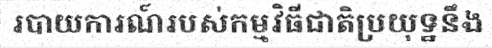
របាយការណ៍របស់កម្មវិធីជាតិប្រយុទ្ឋនឹង